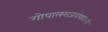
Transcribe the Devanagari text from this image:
गोपालराजवंशावली